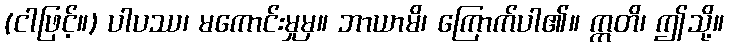
(ငါဖြင့်။) ပါပဿ၊ မကောင်းမှုမှ။ ဘာယာမိ၊ ကြောက်ပါ၏။ ဣတိ၊ ဤသို့။